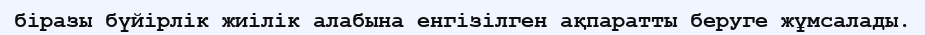
біразы бүйірлік жиілік алабына енгізілген ақпаратты беруге жұмсалады.